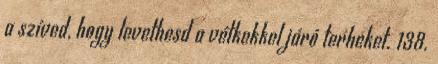
a szíved, hogy levethesd a vétkekkel járó terheket. 138.